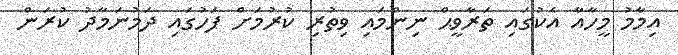
އިމާމު މީހާއާ އެކުގައި ތަރާވީޙް ނިންމައި ވިތުރި ކުރުމަށް ފަހުގައި ދަމުނަމާދު ކުރަން